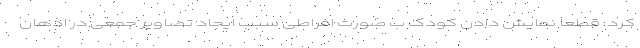
کرد: قطعا نمایش دادن کودک ب صورت افراطی سبب ایجاد تصاویر جمعی در اذهان